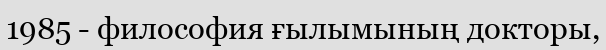
1985 - философия ғылымының докторы,